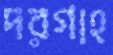
দরগাহ